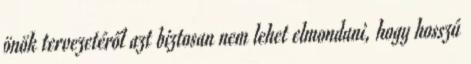
önök tervezetéről azt biztosan nem lehet elmondani, hogy hosszú